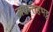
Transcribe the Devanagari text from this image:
जयन्तहभट्ट